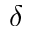
\delta